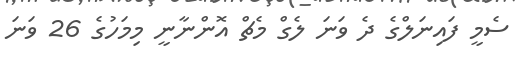
ސެމީ ފައިނަލްގެ ދެ ވަނަ ލެގް މެޗް އޮންނާނީ މިމަހުގެ 26 ވަނަ